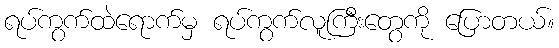
ရပ်ကွက်ထဲရောက်မှ ရပ်ကွက်လူကြီးတွေကို ပြောတယ်။